Report on the bubonic plague in Bombay, 1896-1897
Year: 1896
Disease focus: Plague
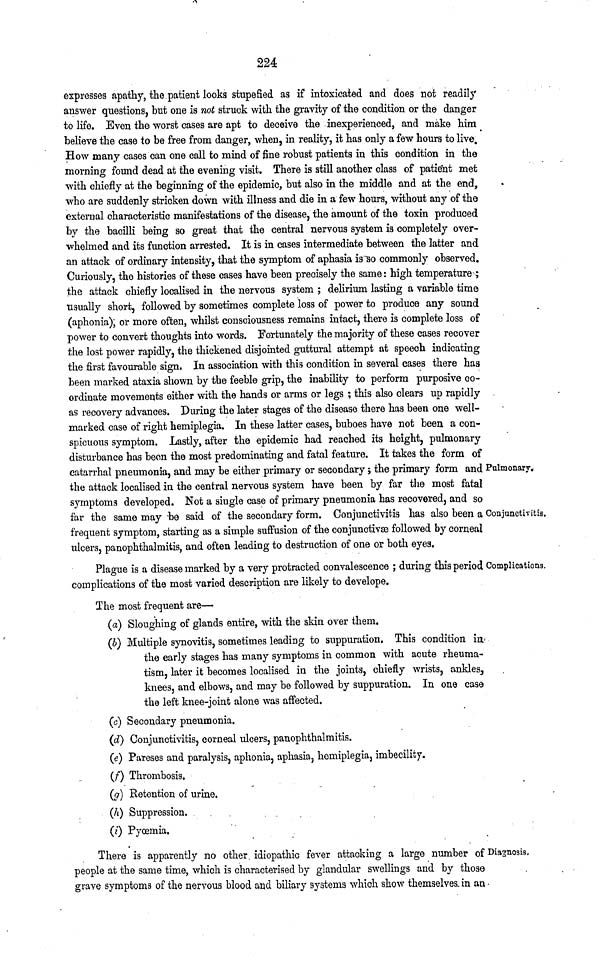
224
Pulmonary.
Conjunctivitis.
expresses apathy, the patient looks stupefied as if intoxicated and does not readily
answer questions, but one is not struck with the gravity of the condition or the danger
to life. Even the worst cases are apt to deceive the inexperienced, and make him
believe the case to be free from danger, when, in reality, it has only a few hours to live.
How many cases can one call to mind of fine robust patients in this condition in the
morning found dead at the evening visit. There is still another class of patient met
with chiefly at the beginning of the epidemic, but also in the middle and at the end,
who are suddenly stricken down with illness and die in a few hours, without any of the
external characteristic manifestations of the disease, the amount of the toxin produced
by the bacilli being so great that the central nervous system is completely over-
whelmed and its function arrested. It is in cases intermediate between the latter and
an attack of ordinary intensity, that the symptom of aphasia is so commonly observed.
Curiously, the histories of these cases have been precisely the same : high temperature ;
the attack chiefly localised in the nervous system ; delirium lasting a variable time
usually short, followed by sometimes complete loss of power to produce any sound
(aphonia), or more often, whilst consciousness remains intact, there is complete loss of
power to convert thoughts into words. Fortunately the majority of these cases recover
the lost power rapidly, the thickened disjointed guttural attempt at speech indicating
the first favourable sign. In association with this condition in several cases there has
been marked ataxia shown by the feeble grip, the inability to perform purposive co-
ordinate movements either with the hands or arms or legs ; this also clears up rapidly
as recovery advances. During the later stages of the disease there has been one well-
marked case of right hemiplegia. In these latter cases, buboes have not been a con-
spicuous symptom. Lastly, after the epidemic had reached its height, pulmonary
disturbance has been the most predominating and fatal feature. It takes the form of
catarrhal pneumonia, and may be either primary or secondary ; the primary form and
the attack localised in the central nervous system have been by far the most fatal
symptoms developed. Not a single case of primary pneumonia has recovered, and so
far the same may be said of the secondary form. Conjunctivitis has also been a
frequent symptom, starting as a simple suffusion of the conjunctiv* followed by corneal
ulcers, panophthalmitis, and often leading to destruction of one or both eyes.
Complications.
Plague is a disease marked by a very protracted convalescence ; during this period
complications of the most varied description are likely to develope.
The most frequent are—
(a) Sloughing of glands entire, with the skin over them.
(b) Multiple synovitis, sometimes leading to suppuration. This condition in
the early stages has many symptoms in common with acute rheuma-
tism, later it becomes localised in the joints, chiefly wrists, ankles,
knees, and elbows, and may be followed by suppuration. In one case
the left knee-joint alone was affected.
(c) Secondary pneumonia.
(d) Conjunctivitis, corneal ulcers, panophthalmitis.
(e) Pareses and paralysis, aphonia, aphasia, hemiplegia, imbecility.
(f) Thrombosis.
(g) Retention of urine.
(h) Suppression.
(i) Pyœmia.
Diagnosis,
There is apparently no other idiopathic fever attacking a large number of
people at the same time, which is characterised by glandular swellings and by those
grave symptoms of the nervous blood and biliary systems which show themselves in an